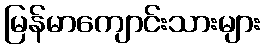
မြန်မာကျောင်းသားများ